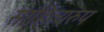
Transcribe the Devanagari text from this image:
साहित्यरुप